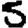
Digit: 5